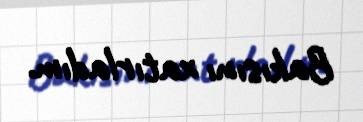
Bakısını xatırladım.